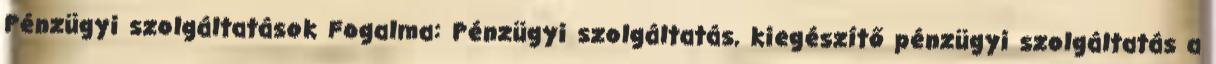
Pénzügyi szolgáltatások Fogalma: Pénzügyi szolgáltatás, kiegészítő pénzügyi szolgáltatás a